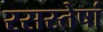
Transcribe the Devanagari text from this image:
रसस्तेषां